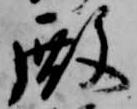
殿